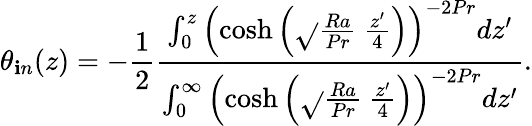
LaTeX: \theta_{\mathbf{i}n}(z)=-\frac{{1}}{{2}}\frac{{\int_{0}^{z}\left(\cosh{\left(\sqrt{}{{\frac{{Ra}}{{Pr}}}}\ \frac{{z^{\prime}}}{{4}}\right)}\right)^{-2Pr}dz^{\prime}}}{{\int_{0}^{\infty}\left(\cosh{\left(\sqrt{}{{\frac{{Ra}}{{Pr}}}}\ \frac{{z^{\prime}}}{{4}}\right)}\right)^{-2Pr}dz^{\prime}}}.